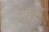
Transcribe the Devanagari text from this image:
ज़ाइलेम